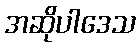
အဆိုပါဒေသ